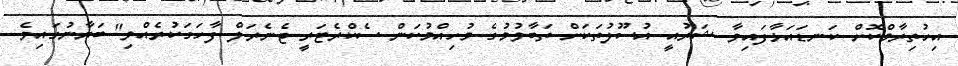
އިހުތިރާމްކޮށް ކަނޑައަޅާފައިވާ ޝަރުއީ އުސޫލުތަކަށް ތަބާވުމުގެ މުހިއްމުކަން ސެކްރެޓަރީ ޖެނެރަލް ފާހަގަކުރެއްވި" ބަޔާނުގައިވެ